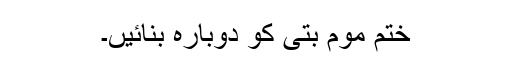
ختم موم بتی کو دوبارہ بنائیں۔